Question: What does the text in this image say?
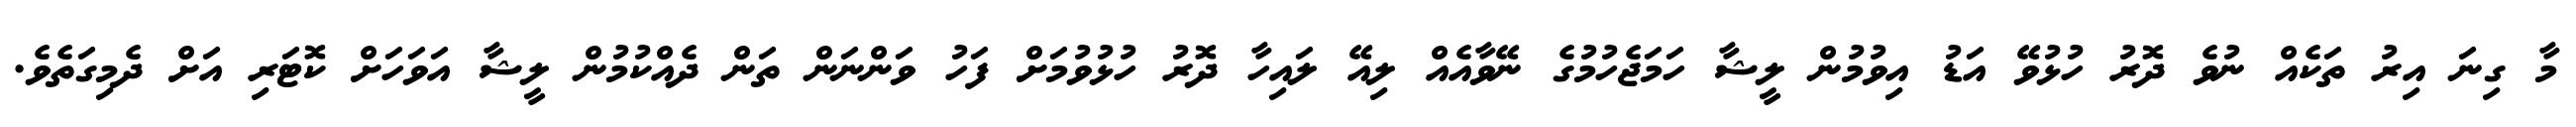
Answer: މާ ގިނަ އިރު ތަކެއް ނުވެ ދޮރު ހުޅުވޭ އަޑު އިވުމުން ލީޝާ ހަމަޖެހުމުގެ ނޭވާއެއް ލިއޭ ލައިހާ ދޮރު ހުޅުވުމަށް ފަހު ވަންނަން ތަން ދެއްކުމުން ލީޝާ އަވަހަށް ކޮޓަރި އަށް ދެމިގަތެވެ.